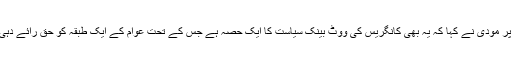
’’ مشتبہ ووٹرس ‘‘ کے مسئلہ پر مودی نے کہا کہ یہ بھی کانگریس کی ووٹ بینک سیاست کا ایک حصہ ہے جس کے تحت عوام کے ایک طبقہ کو حق رائے دہی سے محروم رکھا جارہا ہے ۔